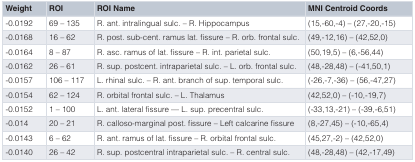
| Weight | ROI | ROI Name | MNI Centroid Coords |
 | --- | --- | --- | --- |
 | -0.0192 | 69 – 135 | R. ant. intralingual sulc. – R. Hippocampus | (15,-60,-4) – (27,-20,-15) |
 | -0.0168 | 16 – 62 | R. post. sub-cent. ramus lat. fissure – R. orb. frontal sulc. | (49,-12,16) – (42,52,0) |
 | -0.0164 | 8 – 87 | R. asc. ramus of lat. fissure – R. int. parietal sulc. | (50,19,5) – (6,-56,44) |
 | -0.0162 | 26 – 61 | R. sup. postcent. intraparietal sulc. – L. orb. frontal sulc. | (48,-28,48) – (-41,50,1) |
 | -0.0157 | 106 – 117 | L. rhinal sulc. – R. ant. branch of sup. temporal sulc. | (-26,-7,-36) – (56,-47,27) |
 | -0.0154 | 62 – 124 | R. orbital frontal sulc. – L. Thalamus | (42,52,0) – (-10,-19,7) |
 | -0.0152 | 1 – 100 | L. ant. lateral fissure — L. sup. precentral sulc. | (-33,13,-21) – (-39,-6,51) |
 | -0.014 | 20 – 21 | R. calloso-marginal post. fissure – Left calcarine fissure | (8,-27,45) – (-10,-65,4) |
 | -0.0143 | 6 – 62 | R. ant. ramus of lat. fissure – R. orbital frontal sulc. | (45,27,-2) – (42,52,0) |
 | -0.0140 | 26 – 42 | R. sup. postcentral intraparietal sulc. – R. central sulc. | (48,-28,48) – (42,-17,49) |